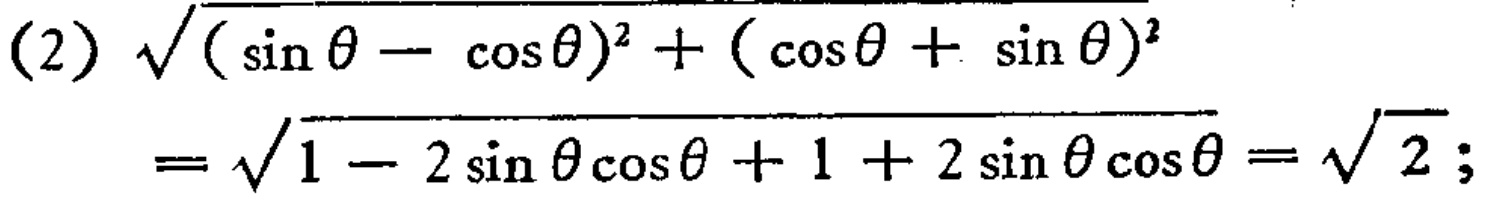
\[
\begin{align*}
&(2)\sqrt{(\sin\theta - \cos\theta)^2 + (\cos\theta + \sin\theta)^2}\\
&=\sqrt{1 - 2\sin\theta\cos\theta + 1 + 2\sin\theta\cos\theta}=\sqrt{2};
\end{align*}
\]